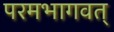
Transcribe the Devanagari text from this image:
परमभागवत्